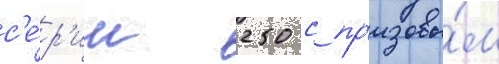
с'е́р'ии 250 с пр'изовы́м